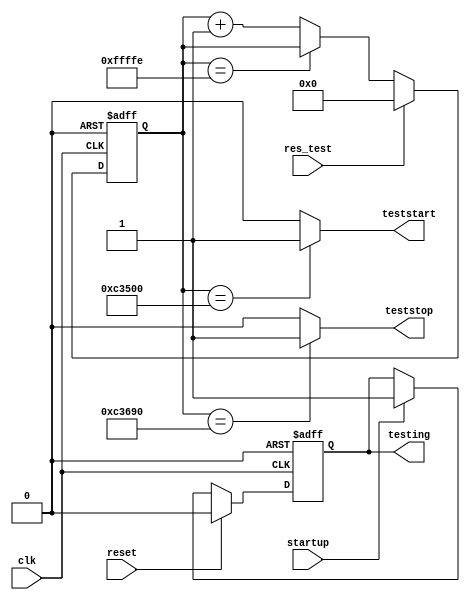
module testcounter(clk,reset,res_test,startup,teststart,teststop,testing);
	input clk;//25MHz
	input reset;// Reset from UC
	input res_test;
	input startup;

	output teststart;
	output teststop;
	output testing;


	reg [19:0] test_cntr;
	wire rst;
	reg testing;

	assign rst=0;
	
	always  @(posedge clk or posedge rst)
	if(rst)
		test_cntr<=0;
	else if (res_test)
		test_cntr<=0;
	else	 if (test_cntr==20'hffffe)
		test_cntr<=test_cntr;
	else
		test_cntr<=test_cntr+1;

	assign teststart = (test_cntr==800000)?1:0;
	assign teststop = (test_cntr==800400)?1:0;

	always @(posedge clk or posedge rst)
	if(rst)
		testing<=0;
	else if(reset)
		testing<=0;
	else if (startup)
		testing<=1;
	else 
		testing<=testing;


/*	reg [10:0] test_cntr;
	wire reset;

	assign reset=0;
	always  @(posedge clk or posedge reset)
	if(reset)
		test_cntr<=0;
	else if (res_test)
	   test_cntr<=0;
	else	 if (test_cntr==11'h7ff)
		test_cntr<=test_cntr;
	else
		test_cntr<=test_cntr+1;

	assign teststart = (test_cntr==100)?1:0;
	assign teststop = (test_cntr==500)?1:0;
*/





/*
	reg [25:0] test1;
	reg [3:0] test2;



reg teststart=1;
reg teststop=1;
wire rst;

 always  @(posedge clk or posedge reset)
 if(reset)
 	test1<=0;
 else	 if (test1==26'h3ffffff)
  test1<=test1;
 else
 	test1<=test1+1;




assign rst=0;

always @(negedge clk or posedge rst)
if(rst)
	teststart<=1;
else if (test1==26'h000000a)
	teststart<=0;
else if (test1==26'h00fffff)
	teststart<=1;

always @(negedge clk or posedge rst)
if(rst)
	teststop<=1;

else if (test1==26'h000000f)
	teststop<=0;
else if (test1==26'h07fffff)
	teststop<=1;

*/


endmodule